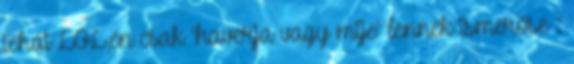
tehát LOL,én csak 'haverja vagy mije' lennék ismerőse :